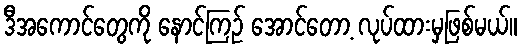
ဒီအကောင်တွေကို နောင်ကြဉ် အောင်တော့ လုပ်ထားမှဖြစ်မယ်။